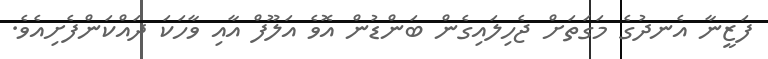
ފަޒީނާ އެނދުގެ މަގަތަށް ޖެހިލައިގެން ބަންޑުން އޮވެ އަލޫފް އާއި ވާހަކަ ދައްކަންފެށިއެވެ.